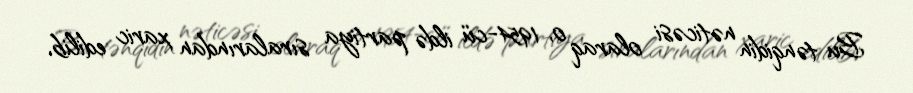
Bu tənqidin nəticəsi olaraq o, 1954-cü ildə partiya sıralarından xaric edilib,